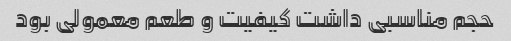
حجم مناسبی داشت کیفیت و طعم معمولی بود